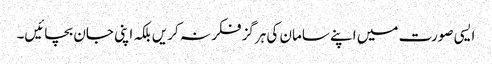
ایسی صورت میں اپنے سامان کی ہرگز فکر نہ کریں بلکہ اپنی جان بچائیں۔